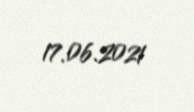
17.06.2021